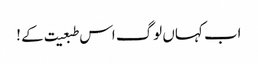
اب کہاں لوگ اس طبعیت کے !